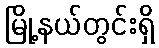
မြို့နယ်တွင်းရှိ